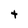
Character: t